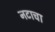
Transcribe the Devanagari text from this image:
नटाचा